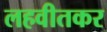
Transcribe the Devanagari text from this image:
लहवीतकर